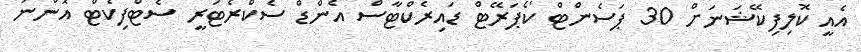
އެއީ ކޮލިފިކޭޝަނަށް 30 ޕަސެންޓް ކޯޕަރޭޓް ޑައިރެކްޓާސް އެންޑް ސެކްރެޓަރީ ސެޓްފިކެޓް އޮންނަ